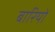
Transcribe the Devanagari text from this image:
बारियों